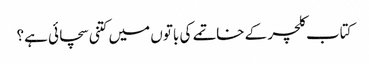
کتاب کلچر کے خاتمے کی باتوں میں کتنی سچائی ہے؟